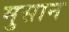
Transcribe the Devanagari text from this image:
मुसान